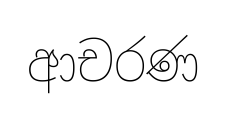
ආචරණ